Leningradi_Edasi_toimetus, lk 103
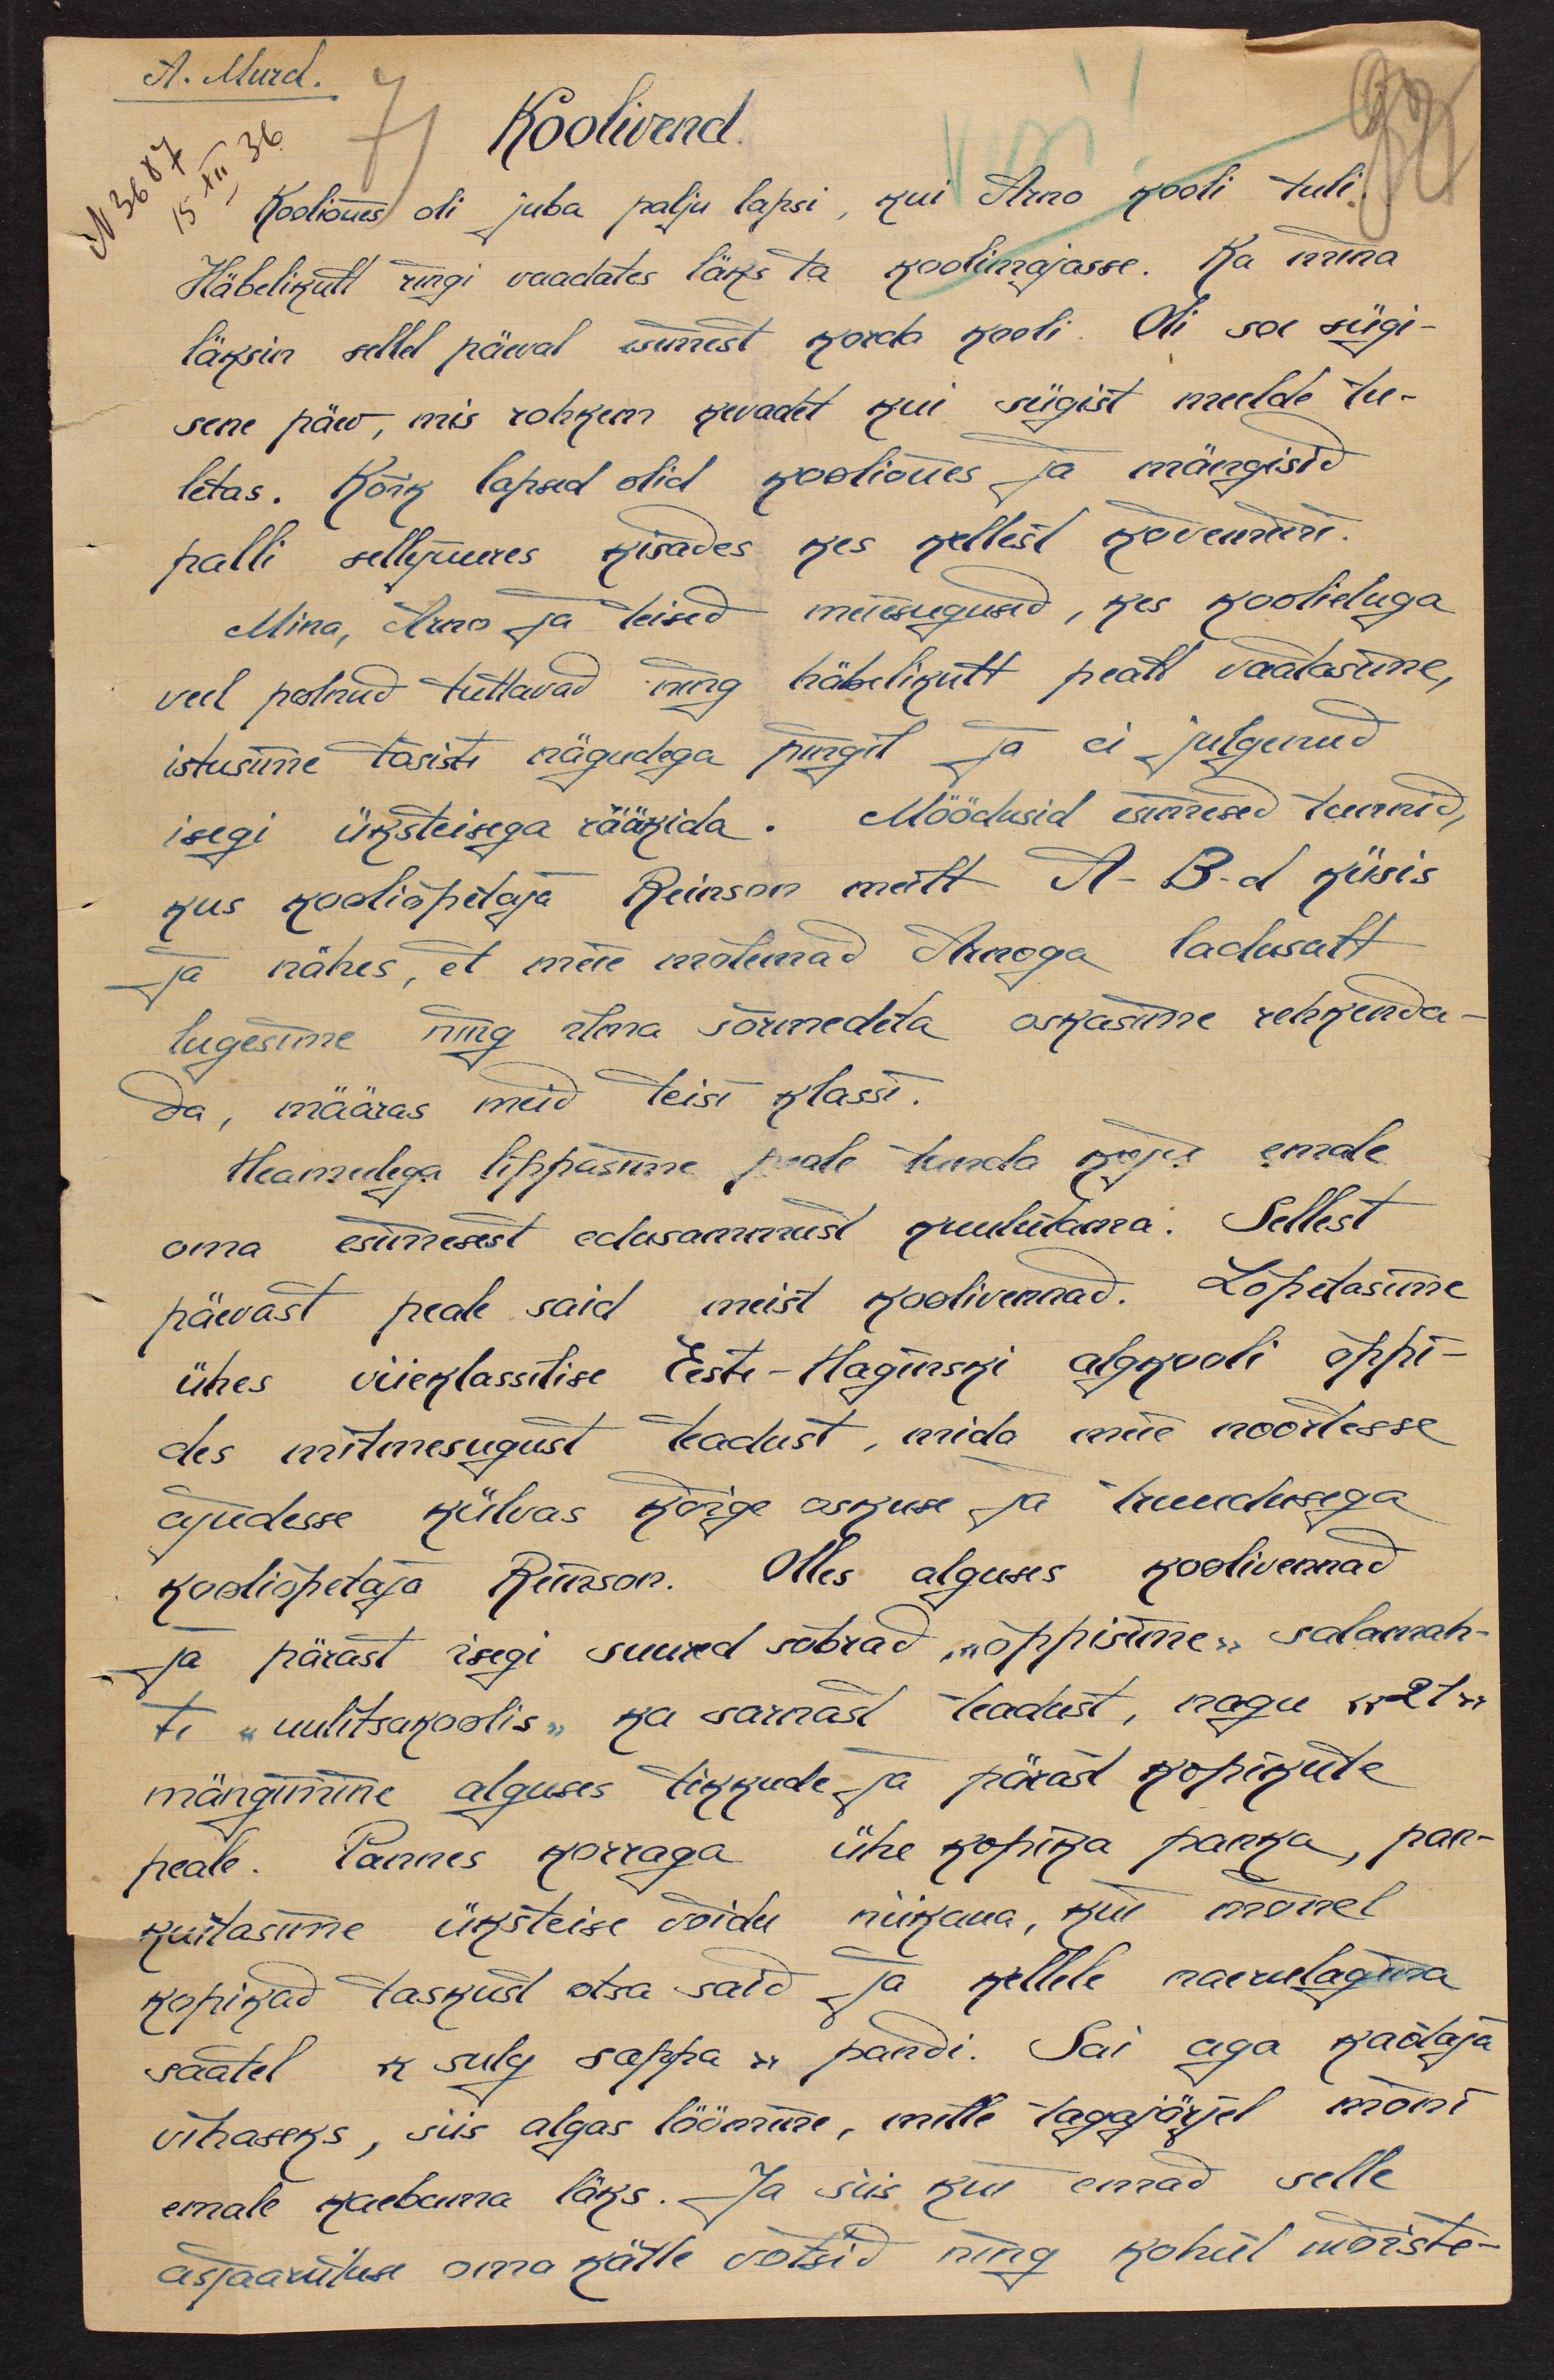
A. Murd.
Koolivend
Kooliõues oli juba palju lapsi, kui Arno kooli tuli.
Häbelikult ringi vaadates läks ta koolimajasse. Ka mina
läksin sellel päeval esimest korda kooli. Oli soe sügi-
sene päev, mis rohkem kevadet kui sügist meelde tu-
letas. Kõik lapsed olid kooliõues ja mängisid
palli sellejuures kisades kes kellest kõvemini.
Mina, Arno ja teised meiesugused, kes koolieluga
veel polnud tuttavad ning häbelikult pealt vaatasime,
istusime tõsiste nägudega pingil ja ei julgenud
isegi üksteisega rääkida. Möödusid esimesed tunnid,
kus kooliõpetaja Reinson meilt A-B-d küsis
ja nähes, et meie mõlemad Arnoga ladusalt
lugesime ning ilma sõrmedeta oskasime rehkenda-
da, määras meid teisi klassi.
Heameelega lippasime peale tunde koju emale
oma esimesest edusammust kuulutama. Sellest
päevast peale said meist koolivennad. Lõpetasime
ühes viieklassilise Eesti-Haginski algkooli õppi-
des mitmesugust teadust, mida meie noortesse
ajudesse külvas kõige oskuse ja truudusega
kooliõpetaja Reison. Olles alguses koolivennad
ja pärast isegi suured sõbrad, "õppisime" salamah-
ti "uulitsakoolis" ka sarnast teadust, nagu "21"
mängimine alguses tikkude ja pärast kopikute
peale. Pannes korraga ühe kopika panka, pan-
kuitasime üksteise võidu niikaua, kui mõnel
kopikad taskud otsa said ja kellele naerulagina
saatel "sulg sappa" pandi. Sai aga kaotaja
vihaseks, siis algas löömine, mille tagajärjel mõni
emale kaebama läks. Ja siis kui emad selle
asjaarutuse oma kätte võtsid ning kohut mõiste-